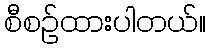
စီစဉ်ထားပါတယ်။